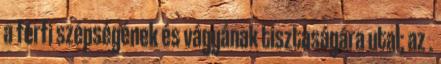
a férfi szépségének és vágyának tisztaságára utal; az .